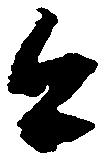
今